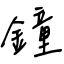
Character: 鐘